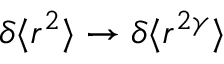
\delta \langle r ^ { 2 } \rangle \rightarrow \delta \langle r ^ { 2 \gamma } \rangle